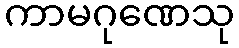
ကာမဂုဏေသု